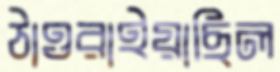
ঠাওরাইয়াছিল